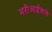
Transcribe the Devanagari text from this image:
मरीआईवाले